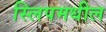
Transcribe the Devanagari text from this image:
स्लिपमधील